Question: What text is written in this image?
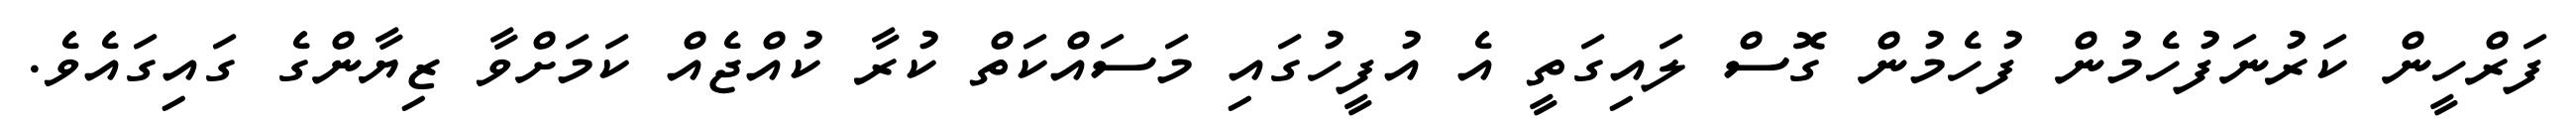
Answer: ފަރްހީން ކަރުނަފުހެމުން ފުހެމުން ގޮސް ލައިގަތީ އެ އުފީހުގައި މަސައްކަތް ކުރާ ކުއްޖެއް ކަމަށްވާ ޒިޔާންގެ ގައިގައެވެ.